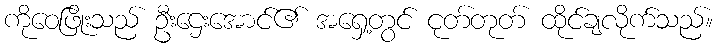
ကိုဝေဖြိုးသည် ဦးဌေးအောင်၏ အရှေ့တွင် ငုတ်တုတ် ထိုင်ချလိုက်သည်။